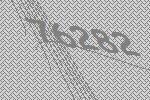
76282